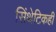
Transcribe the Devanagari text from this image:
सिंथेटिकही